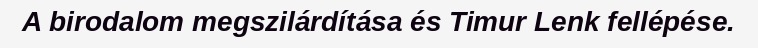
A birodalom megszilárdítása és Timur Lenk fellépése.